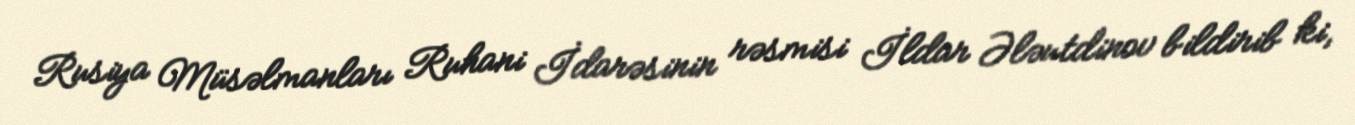
Rusiya Müsəlmanları Ruhani İdarəsinin rəsmisi İldar Ələutdinov bildirib ki,